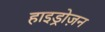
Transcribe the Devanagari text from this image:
हाइड्रोज़न